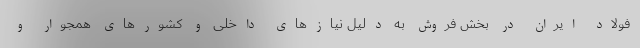
فولاد ایران در بخش فروش به دلیل نیازهای داخلی و کشورهای همجوار و